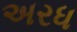
અરધ